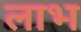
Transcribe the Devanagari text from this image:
लाभ्‍ा